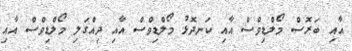
އާއި ބަރޮސް މޯލްޑިވްސް އާއި ކަނދޮޅު މޯލްޑިވްސް އާއި ދިއްގަލި މޯލްޑިވްސް އާއި